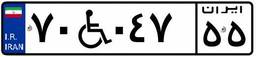
۸۰W۴۳۷۴۷